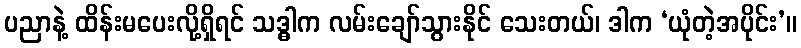
ပညာနဲ့ ထိန်းမပေးလို့ရှိရင် သဒ္ဓါက လမ်းချော်သွားနိုင် သေးတယ်၊ ဒါက ‘ယုံတဲ့အပိုင်း’။